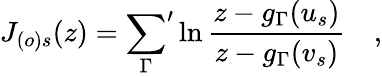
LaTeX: J_{(o)s}(z)={\sum_{\Gamma}}^{\prime}\ln\frac{z-g_{\Gamma}(u_{s})}{z-g_{\Gamma}(v_{s})}\quad,